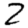
Digit: 2